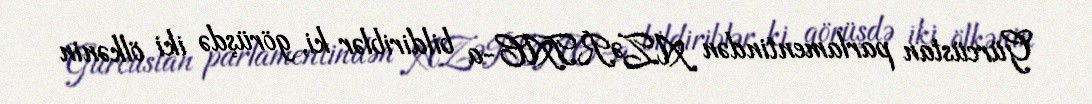
Gürcüstan parlamentindən AZƏRTAC-a bildiriblər ki, görüşdə iki ölkənin